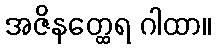
အဇိနတ္ထေရ ဂါထာ။